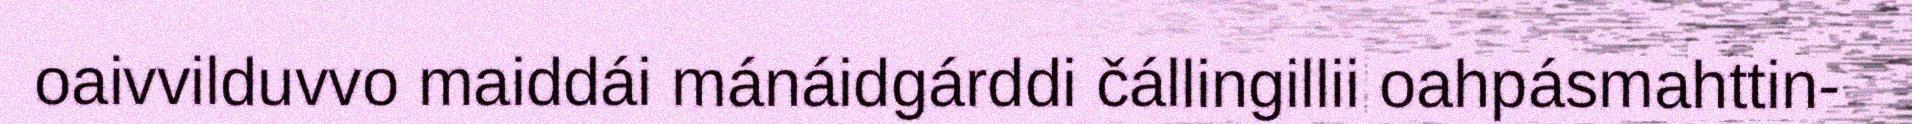
oaivvilduvvo maiddái mánáidgárddi čállingillii oahpásmahttin-